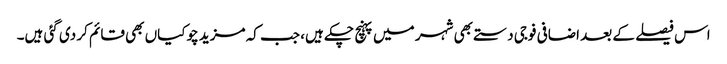
اس فیصلے کے بعد اضافی فوجی دستے بھی شہر میں پہنچ چکے ہیں، جب کہ مزید چوکیاں بھی قائم کر دی گئی ہیں۔